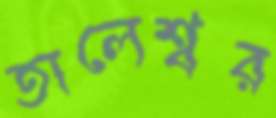
তালেশ্বর